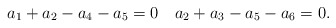
\begin{align*}a_1+a_2-a_4-a_5=0 \quad a_2+a_3-a_5-a_6=0.\end{align*}